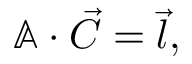
\begin{array} { r } { \mathbb { A } \cdot \vec { C } = \vec { l } , } \end{array}